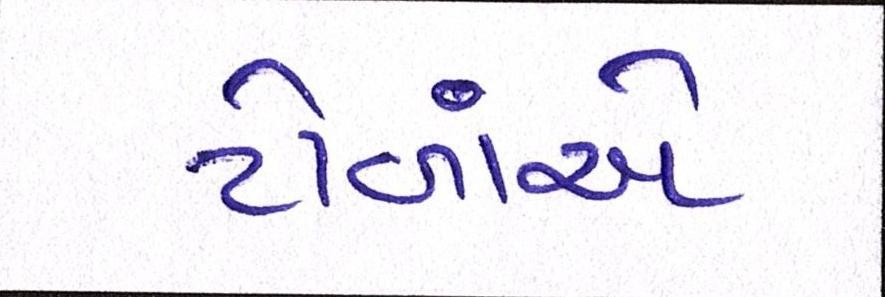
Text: ટોળાંએ